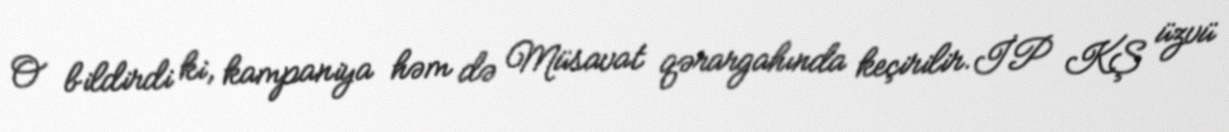
O bildirdi ki, kampaniya həm də Müsavat qərargahında keçirilir.İP KŞ üzvü